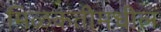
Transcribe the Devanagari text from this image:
मिळकतीमधील